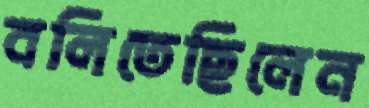
বলিতেছিলেন